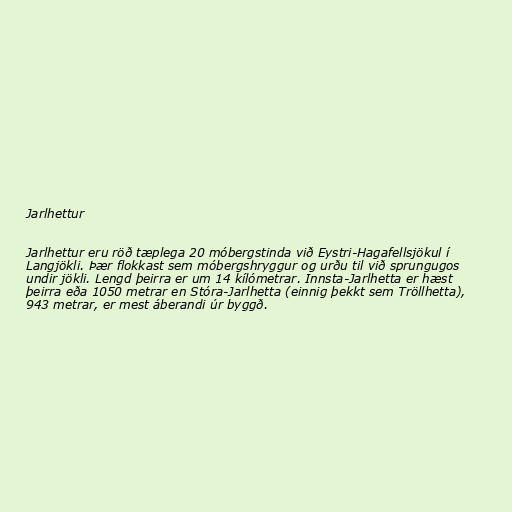
Jarlhettur

Jarlhettur eru röð tæplega 20 móbergstinda við Eystri-Hagafellsjökul í
Langjökli. Þær flokkast sem móbergshryggur og urðu til við sprungugos
undir jökli. Lengd þeirra er um 14 kílómetrar. Innsta-Jarlhetta er hæst
þeirra eða 1050 metrar en Stóra-Jarlhetta (einnig þekkt sem Tröllhetta),
943 metrar, er mest áberandi úr byggð.